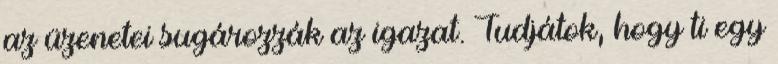
az üzenetei sugározzák az igazat. Tudjátok, hogy ti egy